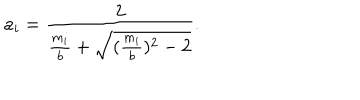
a _ { i } = \frac { 2 } { \frac { m _ { i } } { b } + \sqrt { ( \frac { m _ { i } } { b } ) ^ { 2 } - 2 } } .